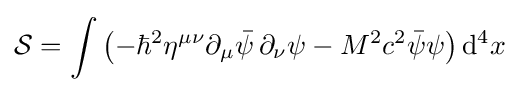
{\mathcal {S}}=\int \left(-\hbar ^{2}\eta ^{\mu \nu }\partial _{\mu }{\bar {\psi }}\,\partial _{\nu }\psi -M^{2}c^{2}{\bar {\psi }}\psi \right)\mathrm {d} ^{4}x